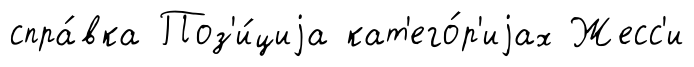
спра́вка Поз'и́циjа кат'его́р'иjах Жесс'и